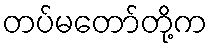
တပ်မတော်တို့က